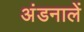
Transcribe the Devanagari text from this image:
अंडनालें